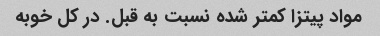
مواد پیتزا کمتر شده نسبت به قبل. در کل خوبه